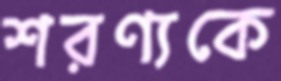
শরণ্যকে